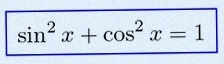
\sin^2x+\cos^2x=1